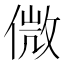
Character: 𠌝